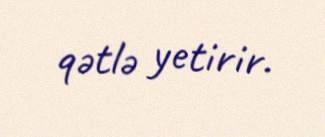
qətlə yetirir.